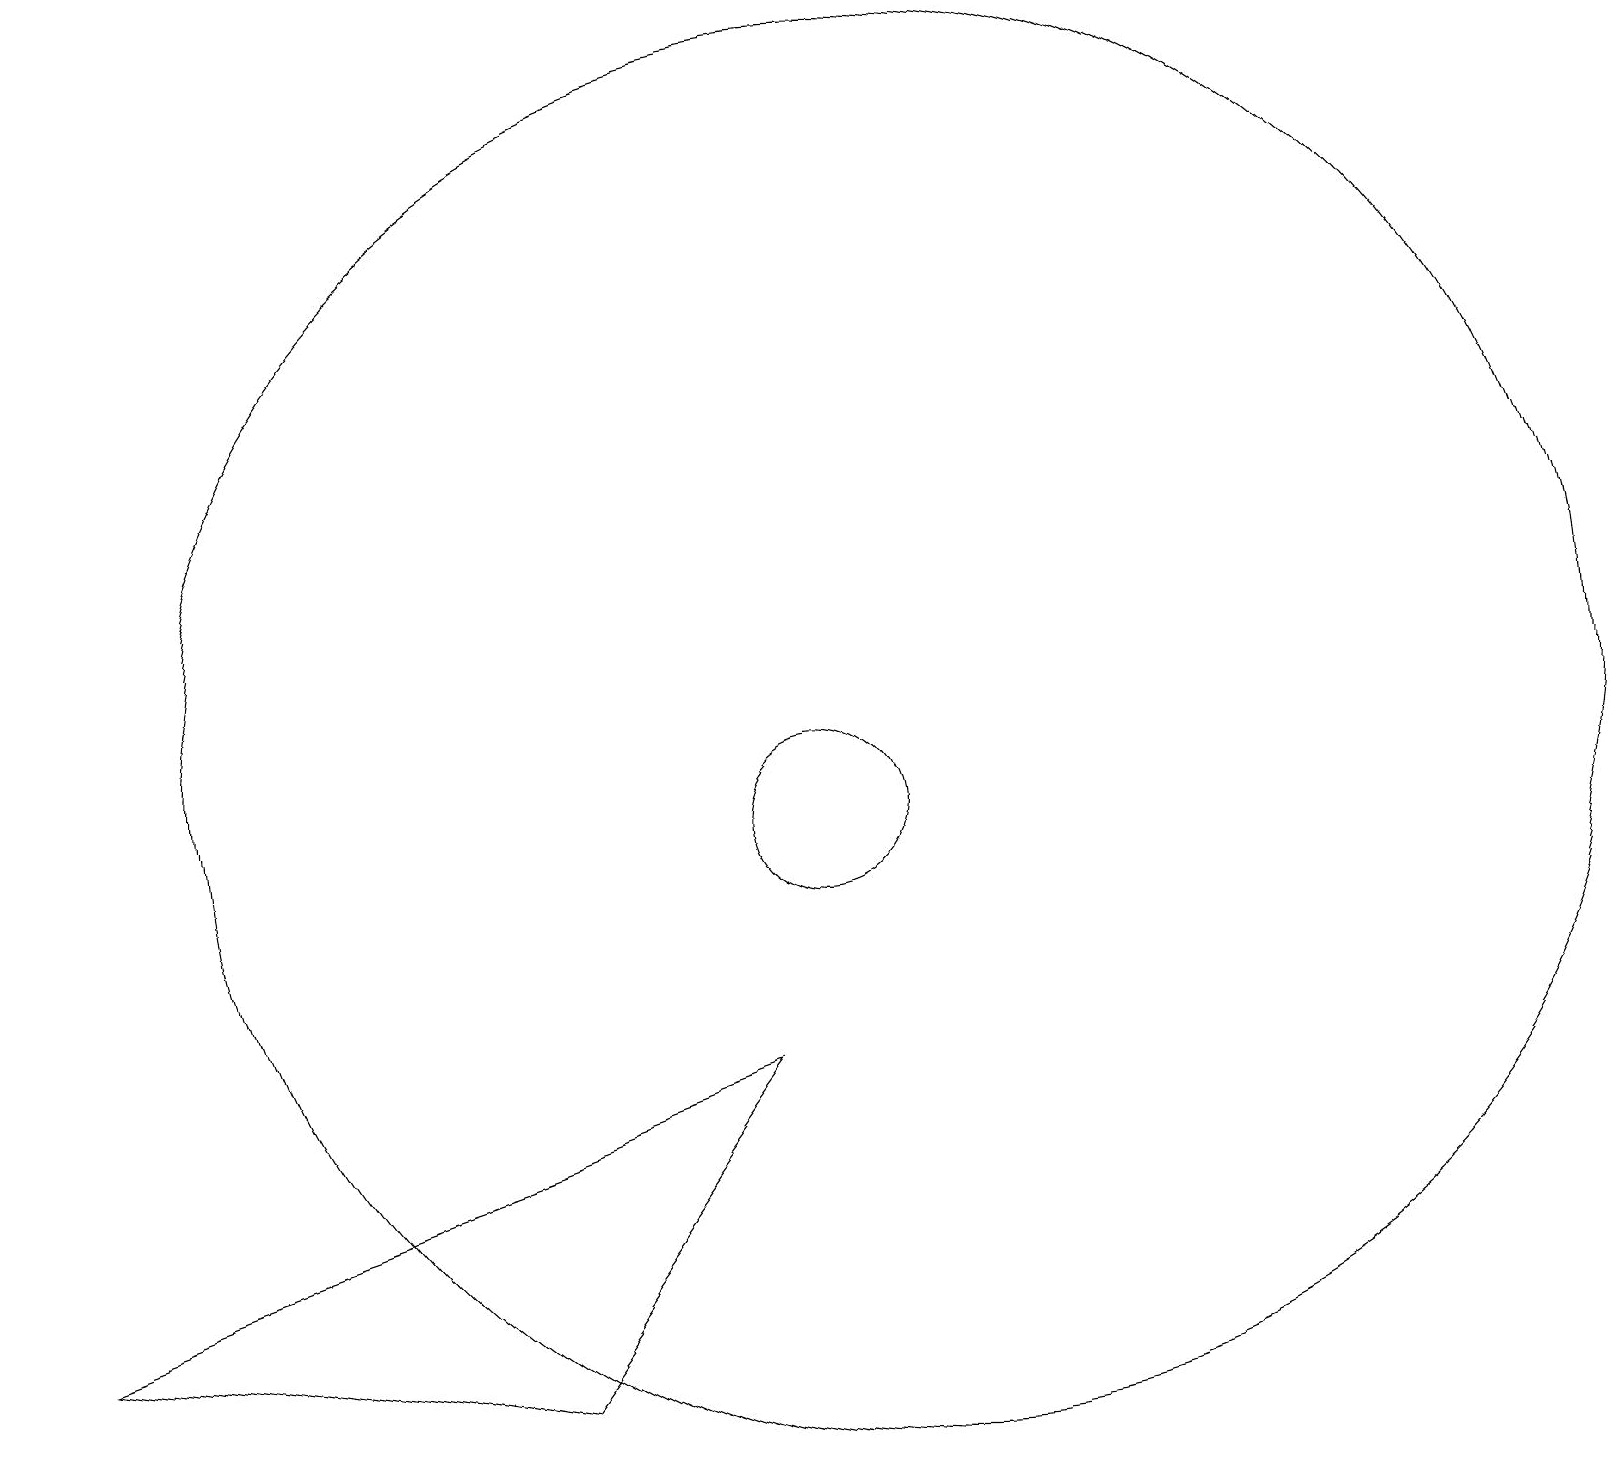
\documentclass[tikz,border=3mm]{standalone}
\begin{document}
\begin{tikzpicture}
\draw (9,7) -- (0,4) -- (6,3) -- cycle;
\draw (10,10) circle (1);
\draw (11,11) circle (9);
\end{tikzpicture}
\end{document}